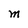
Character: M